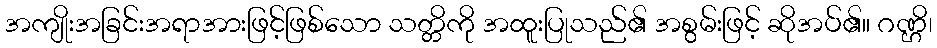
အကျိုးအခြင်းအရာအားဖြင့်ဖြစ်သော သတ္တိကို အထူးပြုသည်၏ အစွမ်းဖြင့် ဆိုအပ်၏။ ဂဏ္ဌိ၊